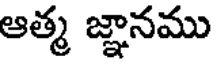
ఆత్మ జ్ఞానము